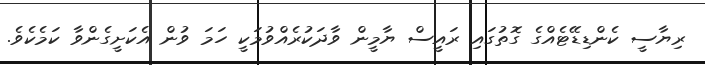
ރިޔާސީ ކެންޑިޑޭޓެއްގެ ގޮތުގައި ރައީސް ޔާމީން ވާދަކުރެއްވުމަކީ ހަމަ ވުން އެކަށީގެންވާ ކަމެކެވެ.